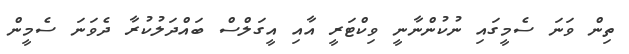
ތިން ވަނަ ސެމީގައި ނުކުންނާނީ ވިކްޓަރީ އާއި އީގަލްސް ބައްދަލުކުރާ ދެވަނަ ސެމީން